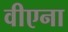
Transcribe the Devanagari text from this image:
वीएना